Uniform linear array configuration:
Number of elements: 64
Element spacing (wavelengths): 0.75
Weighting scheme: hann
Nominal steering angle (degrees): -45
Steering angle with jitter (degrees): -45.388
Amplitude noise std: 0.05
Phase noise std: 0.05

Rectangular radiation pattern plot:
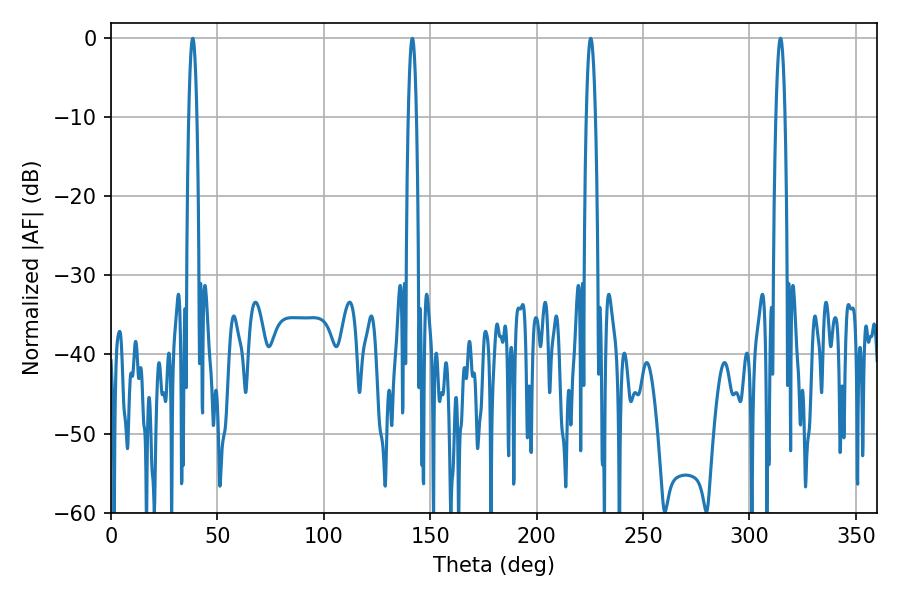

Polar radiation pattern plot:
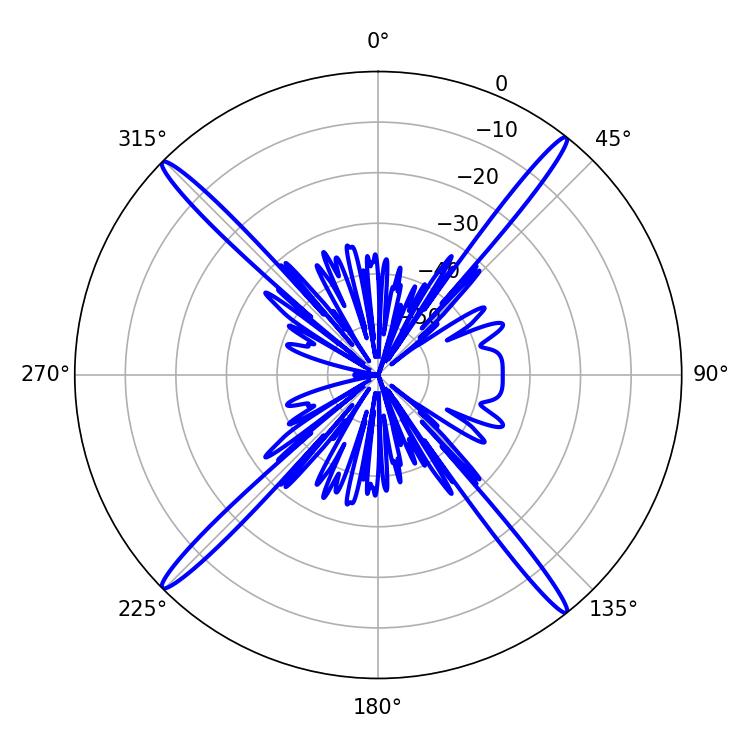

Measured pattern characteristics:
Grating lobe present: TRUE
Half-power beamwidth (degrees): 2.34
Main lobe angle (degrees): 225.36